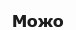
Можо